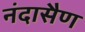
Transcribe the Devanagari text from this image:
नंदासैण